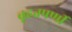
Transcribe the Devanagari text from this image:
बृहतपर्णी